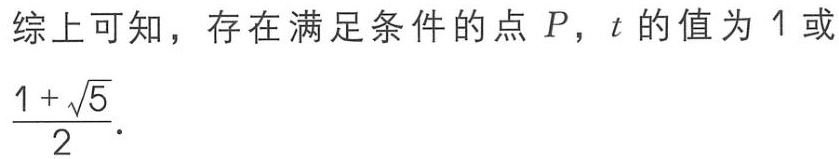
综上可知，存在满足条件的点 \(P\)，\(t\) 的值为 \(1\) 或 \(\frac{1 + \sqrt{5}}{2}\)．